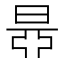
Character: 𣇅